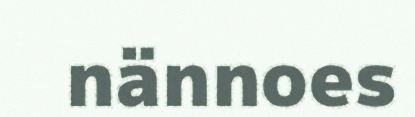
nännoes